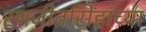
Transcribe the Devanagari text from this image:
रणजीतसिंहांच्या